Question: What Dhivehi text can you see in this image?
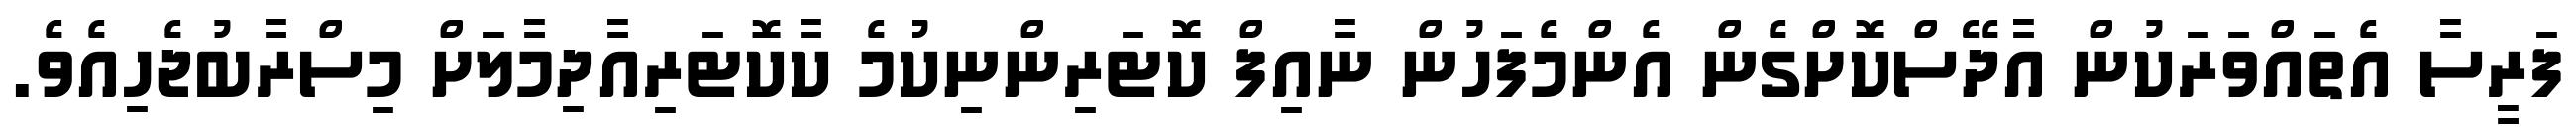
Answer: ފަރީސާ އެތައްވަރަކުން އާދޭސްކޮށްގެން އެންމެފަހުން ނާއިފް ކޮޓަރިންނިކުމެ ކާކޮޓަރިއާދިމާލަށް މިސްރާބުޖެހިއެވެ.